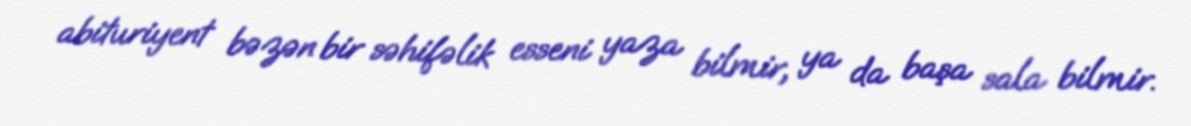
abituriyent bəzən bir səhifəlik esseni yaza bilmir, ya da başa sala bilmir.